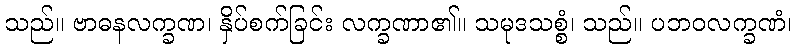
သည်။ ဗာဓနလက္ခဏ၊ နှိပ်စက်ခြင်း လက္ခဏာ၏။ သမုဒသစ္စံ၊ သည်။ ပဘဝလက္ခဏံ၊